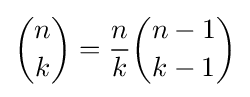
{\binom {n}{k}}={\frac {n}{k}}{\binom {n-1}{k-1}}